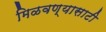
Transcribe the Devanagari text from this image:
मिळवण्यासाटी